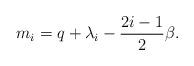
LaTeX: \begin{align*}m_i = q+ \lambda_i - {2 i-1 \over 2} \beta.\end{align*}